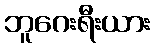
ဘူဂေးရီးယား